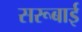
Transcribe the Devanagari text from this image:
सरूबाई